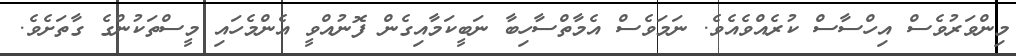
މިންވަރުވެސް އިހްސާސް ކުރެއްވެއެވެ. ނަމަވެސް އެމާތްސާހިބާ ނަބީކަމާއިގެން ފޮނުއްވީ އެންމެހައި މީސްތަކުންގެ ގާތަށެވެ.